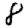
Digit: 8